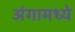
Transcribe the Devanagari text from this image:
अंगामध्ये